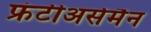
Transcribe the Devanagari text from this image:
फ्रंटीअर्समैन